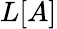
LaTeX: L[A]